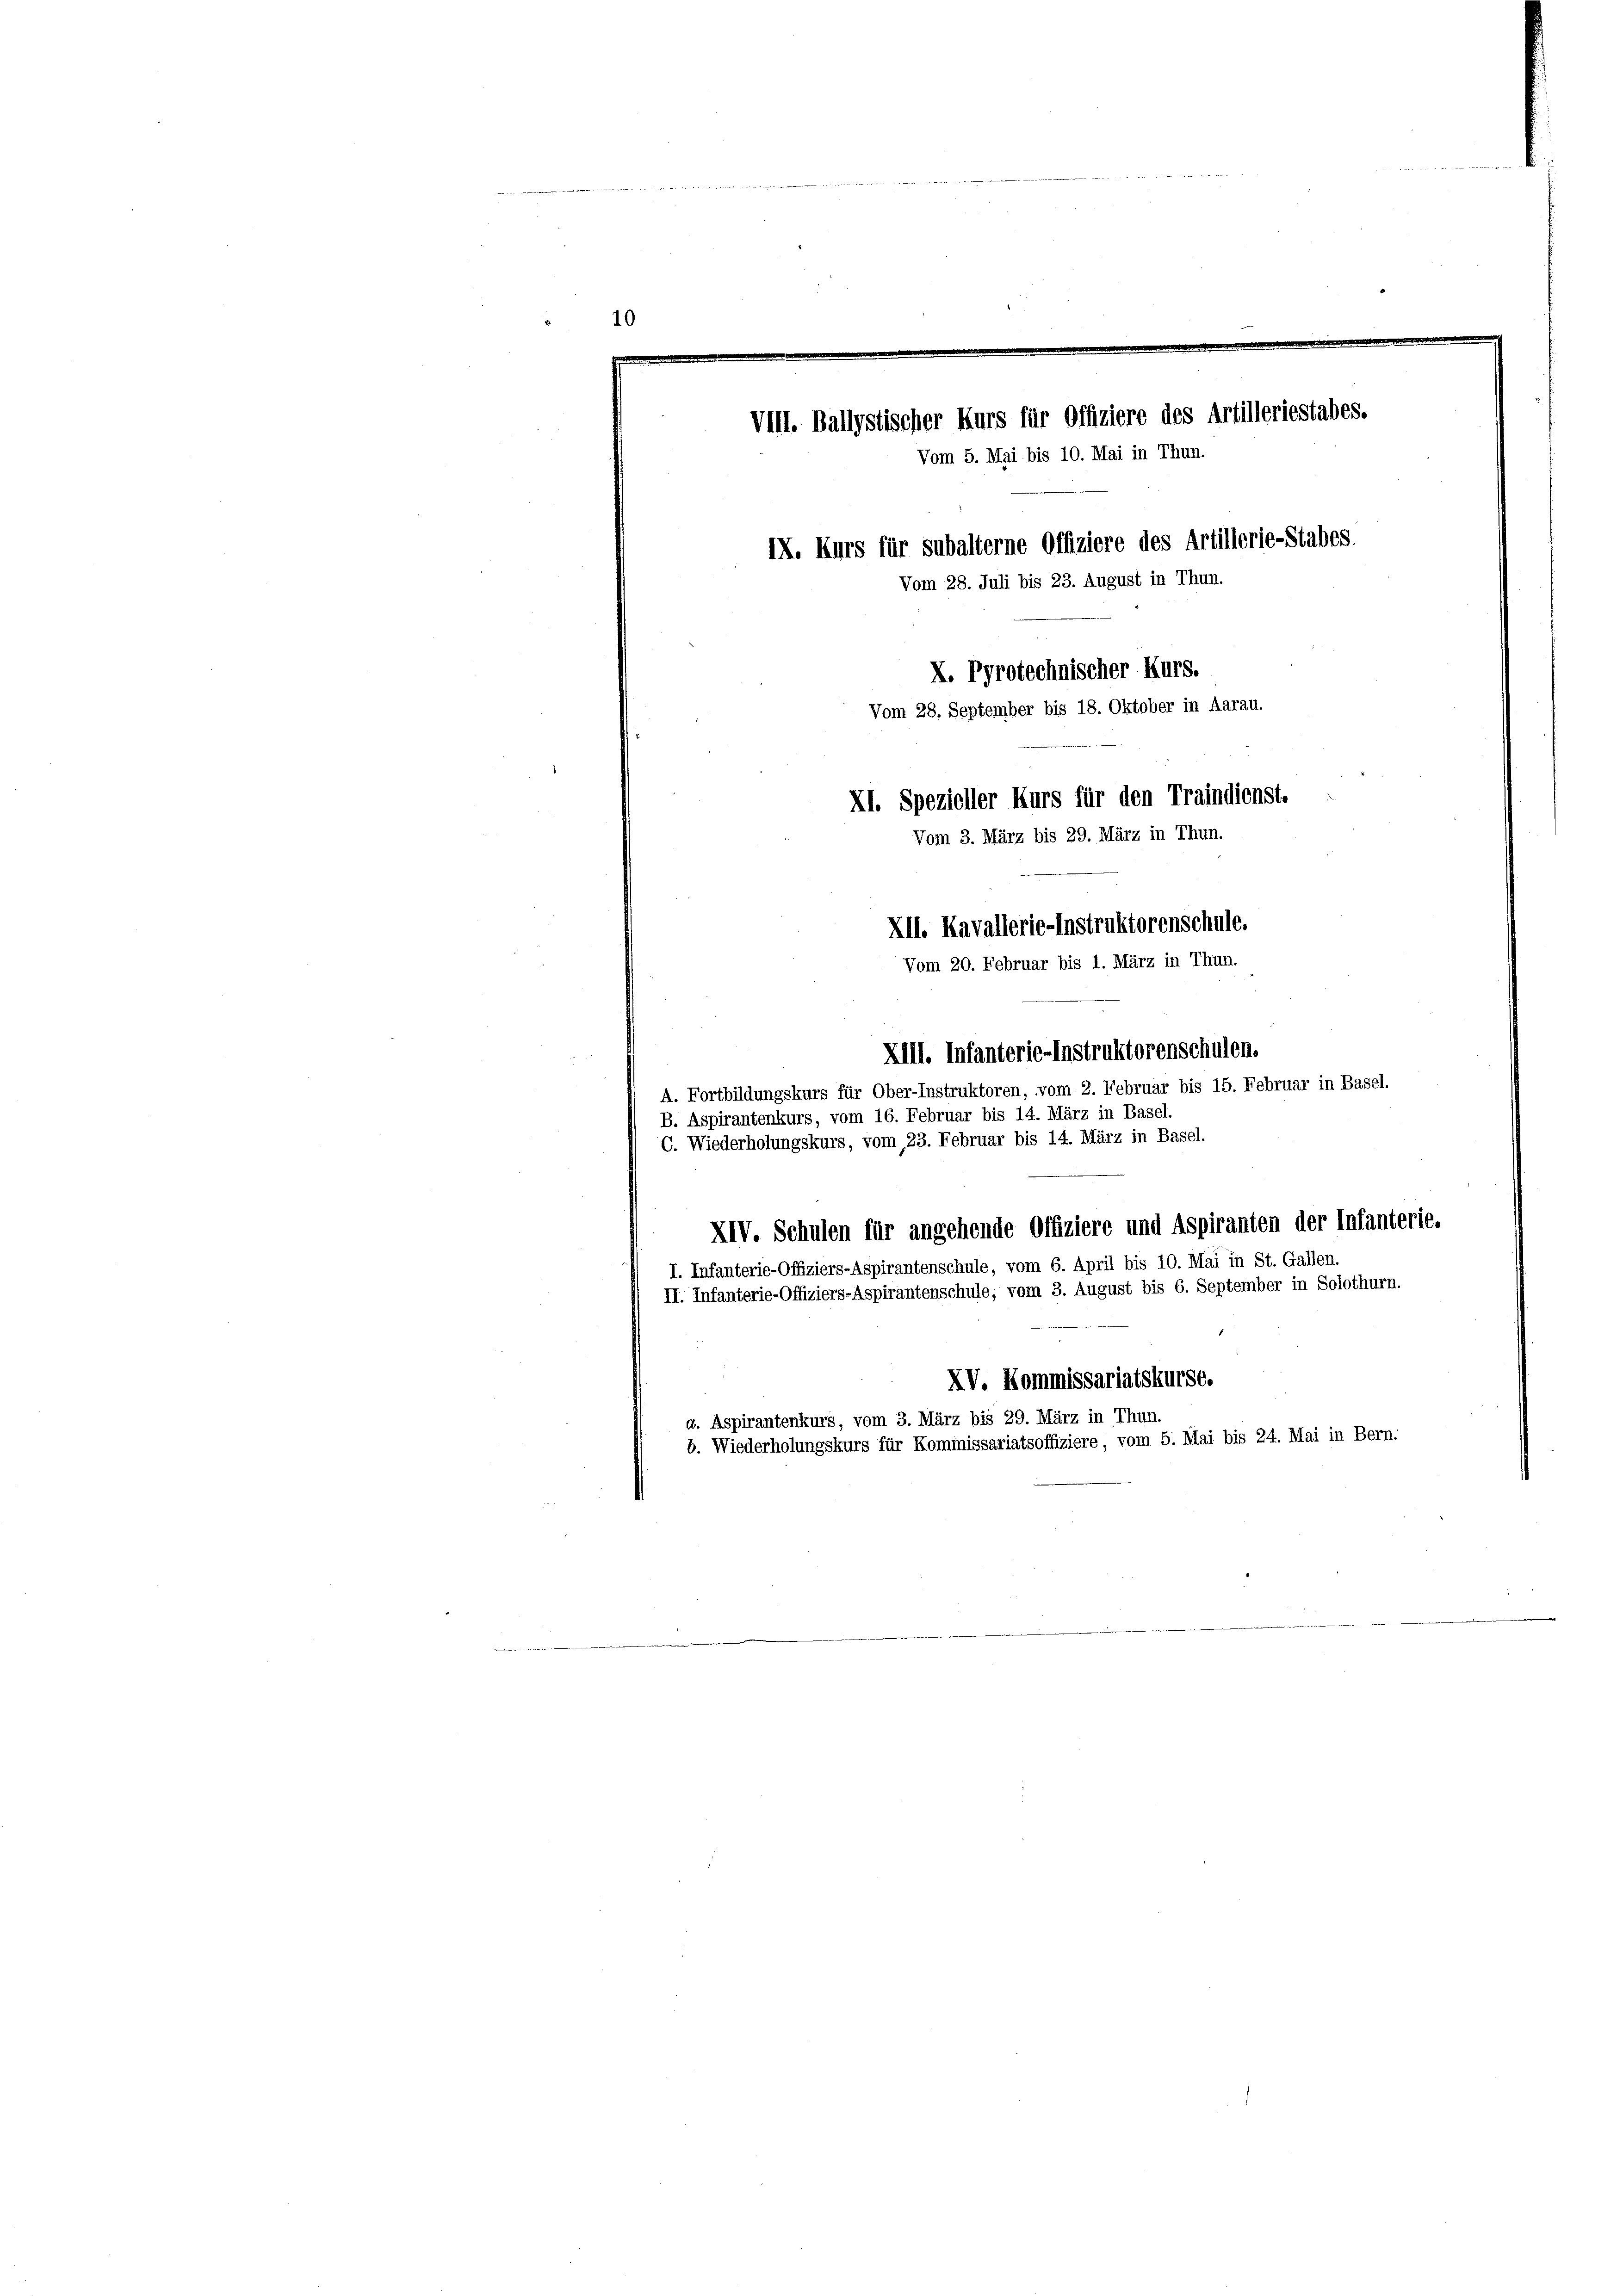
10
e
VIll. Ballystischer Kurs für Offiziere des Artilleriestabes.
Vom 5. Mai bis 10. Mai in Thun.
IX. Kurs für subalterne Offiziere des Artillerie-Stabes.
Vom 28. Juli bis 23. August in Thun.

X. Protechnischer Kurs.
Vom 28. September bis 18. Oktober in Aarau.
XI. Spezieller Kurs für den Traindienst-
Vom 3. März bis 29. März in Thun.
XII. Kavallerie-Instruktorenschule.
Vom 20. Februar bis 1. März in Thun.
XIII. Infanterie-Instruktorenschulen.
A. Fortbildungskurs für Ober-Instruktoren, vom 2. Februar bis 15. Februar in Basel-
B. Aspirantenkurs, vom 16. Februar bis 14. März in Basel.

C. Wiederholungskurs, vom 23. Februar bis 14. März in Basel.
XIV. Schulen für angehende Offiziere und Aspiranten der Infanterie.
I. Infanterie-Offiziers-Aspirantenschule, vom 6. April bis 10. Mai in St. Gallen.
II. Infanterie-Offiziers-Aspirantenschule, vom 3. August bis 6. September in Solothurn.
XV. Kommissariatskurst.
a. Aspirantenkurs, vom 3. März bis 29. März in Thun.
b. Wiederholungskurs für Kommissariatsoffiziere, vom 5. Mai bis 24. Mai in Bern.